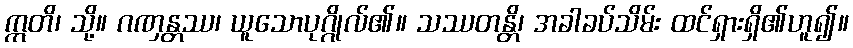
ဣတိ၊ သို့။ ဂဏှန္တဿ၊ ယူသောပုဂ္ဂိုလ်၏။ သဿတန္တိ၊ အခါခပ်သိမ်း ထင်ရှားရှိ၏ဟူ၍။